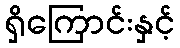
ရှိကြောင်းနှင့်